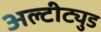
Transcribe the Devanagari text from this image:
अल्टीट्युड